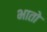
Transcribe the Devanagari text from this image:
भातो